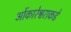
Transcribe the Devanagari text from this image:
ओंकारेश्वराकडे